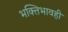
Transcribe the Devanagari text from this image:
भक्तिभावही